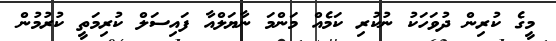
މީގެ ކުރިން ދުވަހަކު ނުކުރި ކަމެއް މަންމަ ނާޔަލްއާ ފައިސަލް ކުރިމަތީ ކުރުމުން